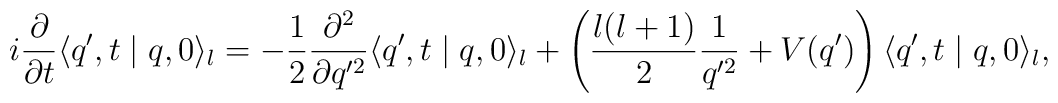
i \frac{\partial}{\partial t} \langle q',t\mid q,0 \rangle_l =  -\frac{1}{2} \frac{\partial^2}{\partial q'^2}  \langle q',t\mid q,0 \rangle_l +  \left( \frac{l(l+1)}{2}\frac{1}{q'^2} + V(q')\right)   \langle q',t\mid q,0 \rangle_l,